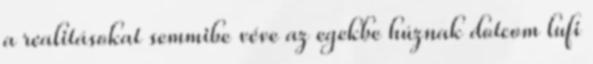
a realitásokat semmibe véve az egekbe húznak dotcom lufi